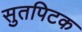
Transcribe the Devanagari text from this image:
सुतपिटक